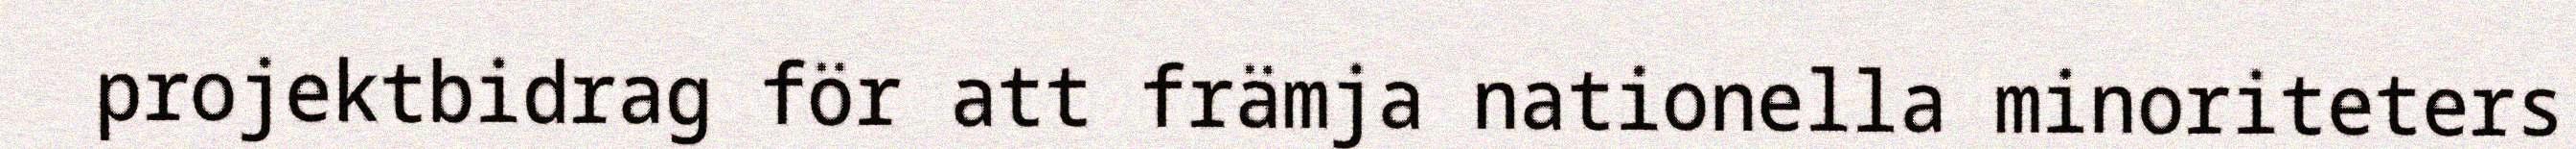
projektbidrag för att främja nationella minoriteters